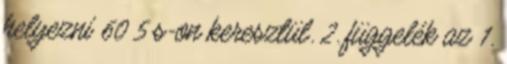
helyezni 60 5 s-on keresztül. 2. függelék az 1.